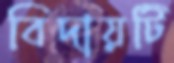
বিদায়টি